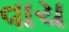
વાચ